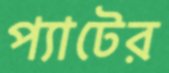
প্যাটের